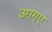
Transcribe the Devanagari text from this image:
आगए